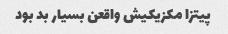
پیتزا مکزیکیش واقعن بسیار بد بود